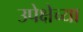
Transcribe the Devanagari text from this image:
उपेक्षेच्या